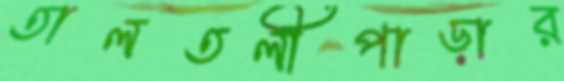
তালতলীপাড়ার